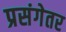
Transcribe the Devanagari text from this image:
प्रसंगेतर